Indian journal of veterinary science and animal husbandry - Volume 13,
Year: 1943
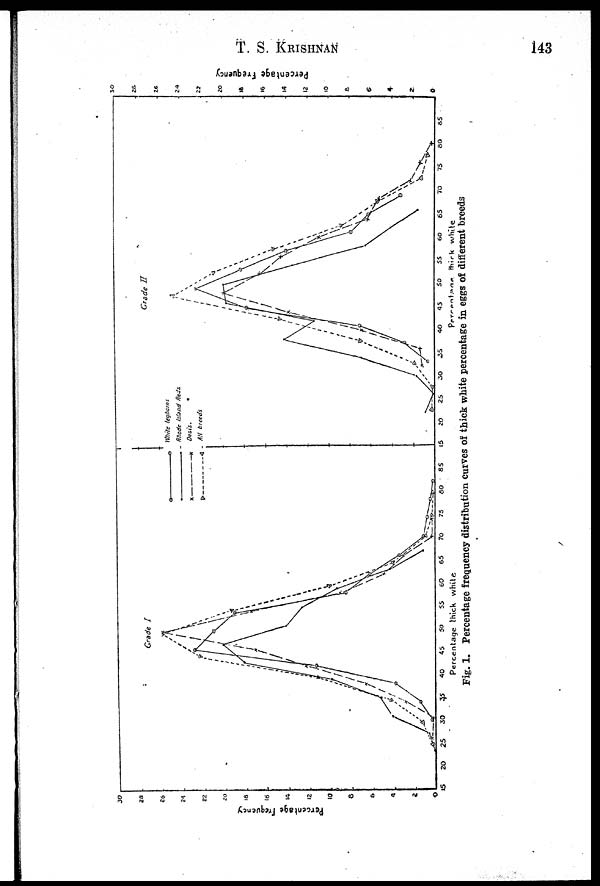
T. S. KRISHNAN 143
Fig. 1. Percentage frequency distribution curves of thick white percentage in eggs of different breeds